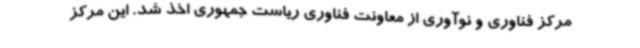
مرکز فناوری و نوآوری از معاونت فناوری ریاست جمهوری اخذ شد. این مرکز